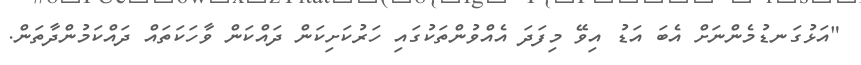
"އަޅުގަނޑުމެންނަށް އެބަ އަޑު އިވޭ މިފަދަ އެއްވުންތަކުގައި ހަރުކަށިކަން ދައްކަން ވާހަކަތައް ދައްކަމުންދާތަން.